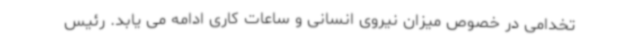
تخدامی در خصوص میزان نیروی انسانی و ساعات کاری ادامه می یابد. رئیس